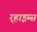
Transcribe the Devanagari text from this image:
र्‍हाइम्स